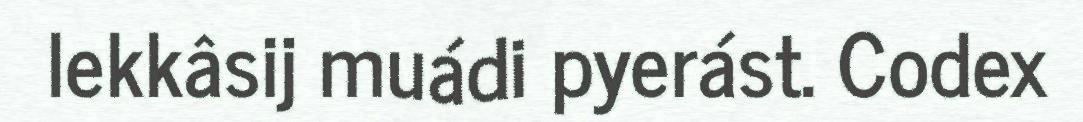
lekkâsij muádi pyerást. Codex